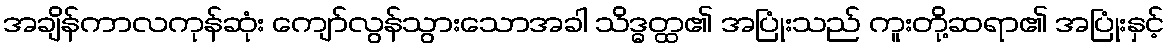
အချိန်ကာလကုန်ဆုံး ကျော်လွန်သွားသောအခါ သိဒ္ဓတ္ထ၏ အပြုံးသည် ကူးတို့ဆရာ၏ အပြုံးနှင့်